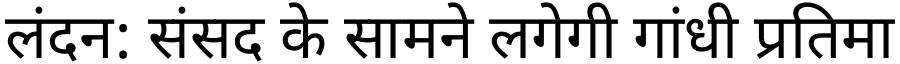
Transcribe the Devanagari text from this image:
लंदन: संसद के सामने लगेगी गांधी प्रतिमा